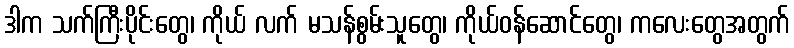
ဒါက သက်ကြီးပိုင်းတွေ၊ ကိုယ် လက် မသန်စွမ်းသူတွေ၊ ကိုယ်ဝန်ဆောင်တွေ၊ ကလေးတွေအတွက်